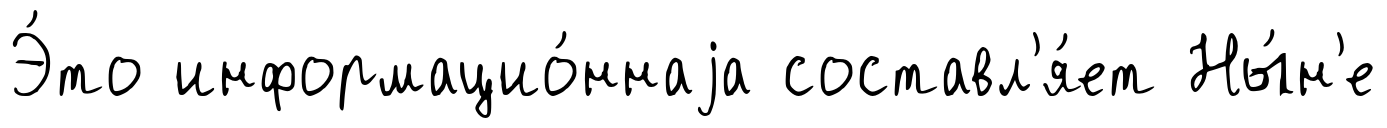
Э́то информацио́ннаjа составл'я́ет Ны́н'е